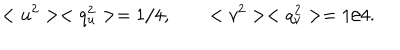
< u ^ { 2 } > < q _ { u } ^ { 2 } > = 1 / 4 , \qquad < v ^ { 2 } > < q _ { v } ^ { 2 } > = 1 / 4 .